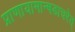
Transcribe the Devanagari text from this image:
प्राणायामान्षडाचरेत्